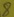
Text: 8